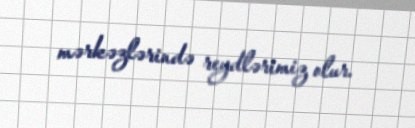
mərkəzlərində reydlərimiz olur.